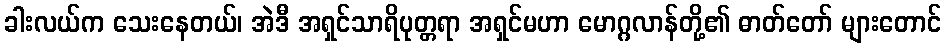
ခါးလယ်က သေးနေတယ်၊ အဲဒီ အရှင်သာရိပုတ္တရာ အရှင်မဟာ မောဂ္ဂလာန်တို့၏ ဓာတ်တော် များတောင်